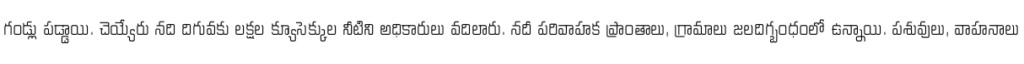
గండ్లు పడ్డాయి. చెయ్యేరు నది దిగువకు లక్షల క్యూసెక్కుల నీటిని అధికారులు వదిలారు. నదీ పరివాహక ప్రాంతాలు, గ్రామాలు జలదిగ్బంధంలో ఉన్నాయి. పశువులు, వాహనాలు